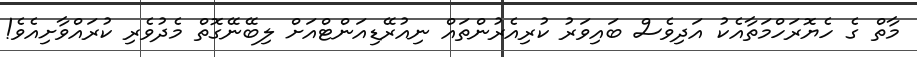
މާތް ގެ ހެޔޮރަހްމަތާއެކު އަދިވެސް ބައިވަރު ކުރިއެރުންތައް ނިއުރޭޑިއަންޓްއަށް ލިބޭނޭގޮތް މެދުވެރި ކުރައްވާށިއެވެ!